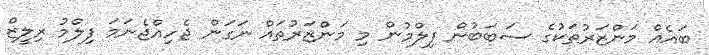
ބައެއް މަންޒަރުތަކުގެ ސަބަބުން ފިލްމުން މި މަންޒަރުތައް ނަގަން ޖެހިއްޖެނަމަ ފިލްމު ރިލީޒް